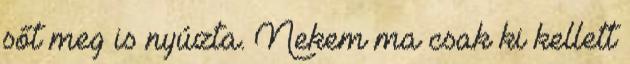
sőt meg is nyúzta. Nekem ma csak ki kellett